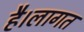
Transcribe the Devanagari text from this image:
है।लागत